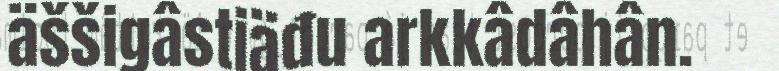
äššigâstiäđu arkkâdâhân.